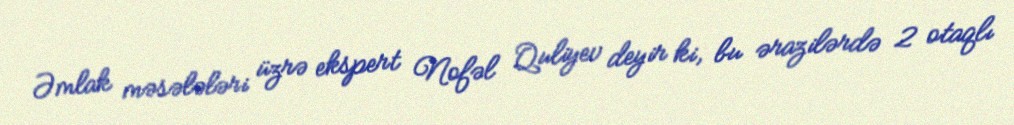
Əmlak məsələləri üzrə ekspert Nofəl Quliyev deyir ki, bu ərazilərdə 2 otaqlı